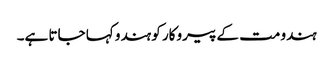
ہندو مت کے پیروکار کو ہندو کہا جاتا ہے۔